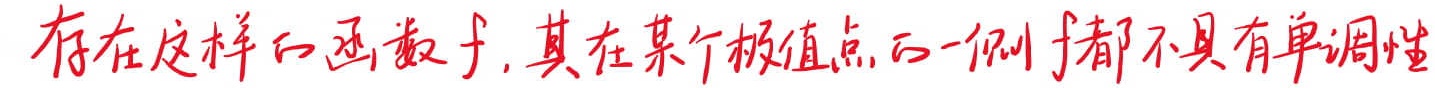
存在这样的函数$f$，其在某个极值点的一侧$f$都不具有单调性